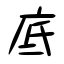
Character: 底